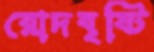
রোদবৃষ্টি